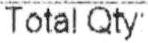
TOTAL QTY: